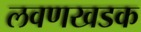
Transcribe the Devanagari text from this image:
लवणखडक